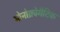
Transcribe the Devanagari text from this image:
मोनोक्रोमैटिक